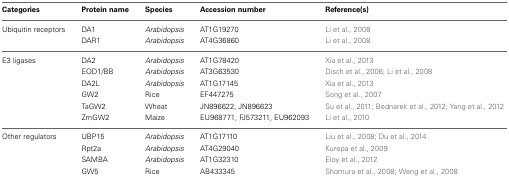
| Categories | Protein name | Species | Accession number | Reference(s) |
 | --- | --- | --- | --- | --- |
 | Ubiquitin receptors | DA1 | Arabidopsis | AT1G19270 | Li et al., 2008 |
 |  | DAR1 | Arabidopsis | AT4G36860 | Li et al., 2008 |
 | E3 ligases | DA2 | Arabidopsis | AT1G78420 | Xia et al., 2013 |
 |  | EOD1/BB | Arabidopsis | AT3G63530 | Disch et al., 2006; Li et al., 2008 |
 |  | DA2L | Arabidopsis | AT1G17145 | Xia et al., 2013 |
 |  | GW2 | Rice | EF447275 | Song et al., 2007 |
 |  | TaGW2 | Wheat | JN896622, JN896623 | Su et al., 2011; Bednarek et al., 2012; Yang et al., 2012 |
 |  | ZmGW2 | Maize | EU968771, FJ573211, EU962093 | Li et al., 2010 |
 | Other regulators | UBP15 | Arabidopsis | AT1G17110 | Liu et al., 2008; Du et al., 2014 |
 |  | Rpt2a | Arabidopsis | AT4G29040 | Kurepa et al., 2009 |
 |  | SAMBA | Arabidopsis | AT1G32310 | Eloy et al., 2012 |
 |  | GW5 | Rice | AB433345 | Shomura et al., 2008; Weng et al., 2008 |